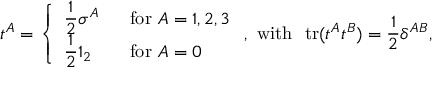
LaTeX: t ^ { A } = \left\{ \begin{array} { l l } { { \displaystyle \frac { 1 } { 2 } \sigma ^ { A } } } & { { ~ ~ \mathrm { f o r } ~ A = 1 , 2 , 3 } } \\ { { \displaystyle \frac { 1 } { 2 } 1 _ { 2 } } } & { { ~ ~ \mathrm { f o r } ~ A = 0 } } \end{array} \right. , \mathrm { ~ w i t h ~ ~ t r } ( t ^ { A } t ^ { B } ) = \frac { 1 } { 2 } \delta ^ { A B } ,